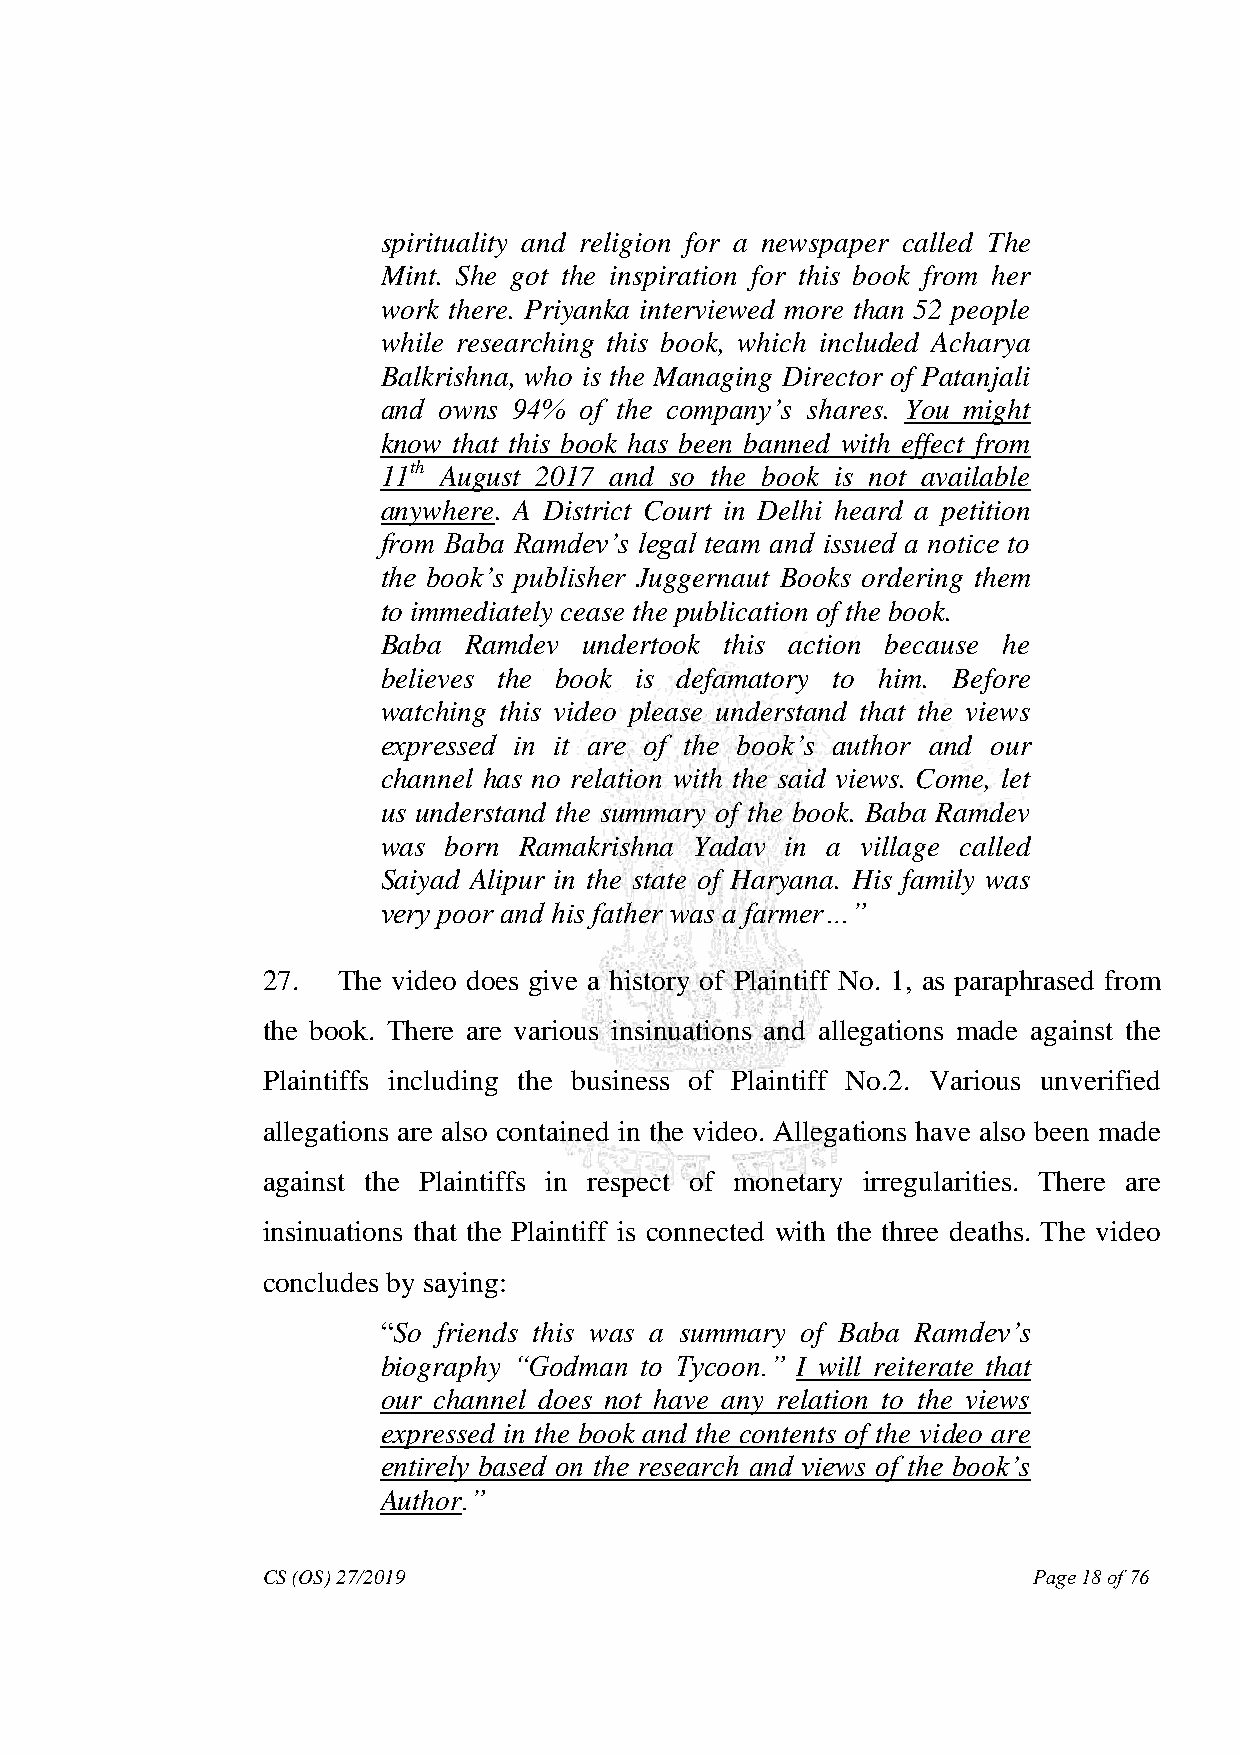
spirituality and religion for a newspaper called The
 Mint. She got the inspiration for this book from her
 work there. Priyanka interviewed more than 52 people
 while researching this book, which included Acharya
 Balkrishna, who is the Managing Director of Patanjali
 and owns 94% of the company‘s shares. You might
 know that this book has been banned with effect from
 11th August 2017 and so the book is not available
 anywhere. A District Court in Delhi heard a petition
 from Baba Ramdev‘s legal team and issued a notice to
 the book‘s publisher Juggernaut Books ordering them
 to immediately cease the publication of the book.
 Baba  Ramdev  undertook this action because he
 believes the book is defamatory to him. Before
 watching this video please understand that the views
 expressed in it are of the book‘s author and our
 channel has no relation with the said views. Come, let
 us understand the summary of the book. Baba Ramdev
 was born Ramakrishna Yadav in a village called
 Saiyad Alipur in the state of Haryana. His family was
 very poor and his father was a farmer…‖
 27.  The video does give a history of Plaintiff No. 1, as paraphrased from
 the book. There are various insinuations and allegations made against the
 Plaintiffs including the business of Plaintiff No.2. Various unverified
 allegations are also contained in the video. Allegations have also been made
 against the Plaintiffs in respect of monetary irregularities. There are
 insinuations that the Plaintiff is connected with the three deaths. The video
 concludes by saying:
 “So friends this was a summary of Baba Ramdev‘s
 biography ―Godman to Tycoon.‖ I will reiterate that
 our channel does not have any relation to the views
 expressed in the book and the contents of the video are
 entirely based on the research and views of the book‘s
 Author.‖
 CS (OS) 27/2019                                    Page 18 of 76